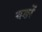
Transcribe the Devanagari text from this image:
बङों